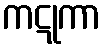
ကဋုကာ